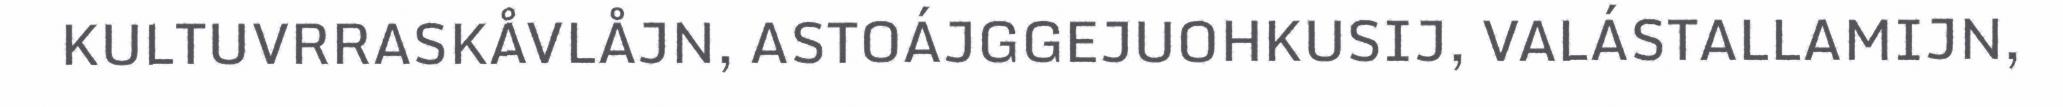
KULTUVRRASKÅVLÅJN, ASTOÁJGGEJUOHKUSIJ, VALÁSTALLAMIJN,